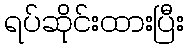
ရပ်ဆိုင်းထားပြီး